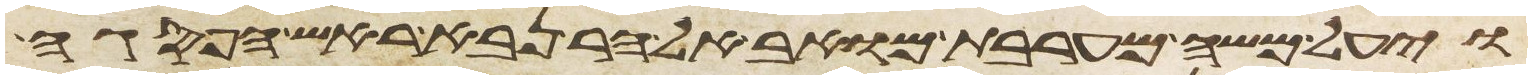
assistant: ויעל משה מערבת מואב אל הר נבא ראש הפסגה